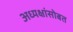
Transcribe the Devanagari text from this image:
अध्यक्षांसोबत